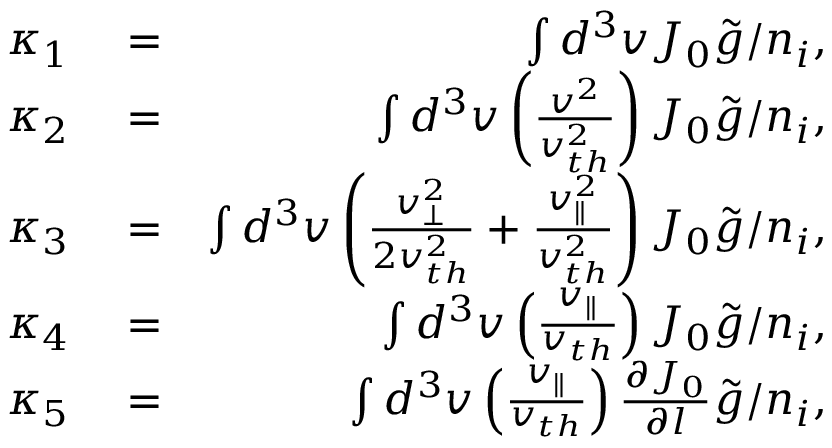
\begin{array} { r l r } { \kappa _ { 1 } } & { { } = } & { \int d ^ { 3 } v J _ { 0 } \tilde { g } / n _ { i } , } \\ { \kappa _ { 2 } } & { { } = } & { \int d ^ { 3 } v \left( \frac { v ^ { 2 } } { v _ { t h } ^ { 2 } } \right) J _ { 0 } \tilde { g } / n _ { i } , } \\ { \kappa _ { 3 } } & { { } = } & { \int d ^ { 3 } v \left( \frac { v _ { \perp } ^ { 2 } } { 2 v _ { t h } ^ { 2 } } + \frac { v _ { \parallel } ^ { 2 } } { v _ { t h } ^ { 2 } } \right) J _ { 0 } \tilde { g } / n _ { i } , } \\ { \kappa _ { 4 } } & { { } = } & { \int d ^ { 3 } v \left( \frac { v _ { \parallel } } { v _ { t h } } \right) J _ { 0 } \tilde { g } / n _ { i } , } \\ { \kappa _ { 5 } } & { { } = } & { \int d ^ { 3 } v \left( \frac { v _ { \parallel } } { v _ { t h } } \right) \frac { \partial J _ { 0 } } { \partial l } \tilde { g } / n _ { i } , } \end{array}